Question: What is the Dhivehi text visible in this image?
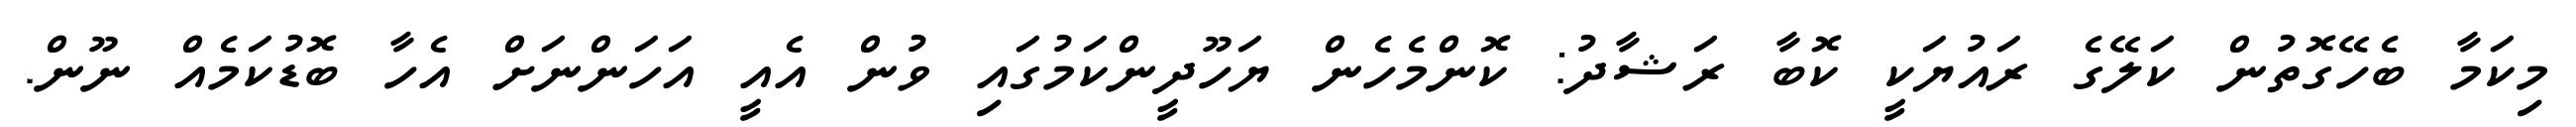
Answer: މިކަމާ ބެހޭގޮތުން ކަލޭގެ ރައުޔަކީ ކޮބާ ރަޝާދު: ކޮންމެހެން ޔަހޫދީންކަމުގައި ވުން އެއީ އަހަންނަށް އެހާ ބޮޑުކަމެއް ނޫން.